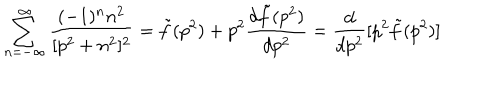
\sum _ { n = - \infty } ^ { \infty } { \frac { ( - 1 ) ^ { n } n ^ { 2 } } { [ p ^ { 2 } + n ^ { 2 } ] ^ { 2 } } } = { \tilde { f } } ( p ^ { 2 } ) + p ^ { 2 } { \frac { d { \tilde { f } } ( p ^ { 2 } ) } { d p ^ { 2 } } } = { \frac { d } { d p ^ { 2 } } } [ p ^ { 2 } { \tilde { f } } ( p ^ { 2 } ) ]